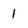
Character: 1